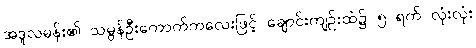
အဒူလမန်း၏ သမွန်ဦးကောက်ကလေးဖြင့် ချောင်းကျဉ်းထဲ၌ ၅ ရက် လုံးလုံး